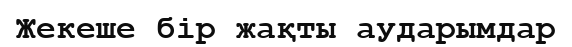
Жекеше бір жақты аударымдар